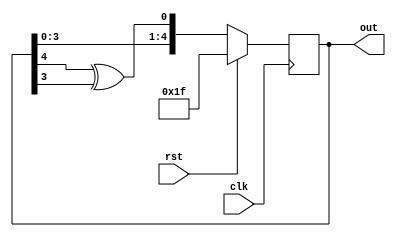
`timescale 1ns / 1ps
//////////////////////////////////////////////////////////////////////////////////
// Company: Self
// 
// Design Name: 
// Module Name: LFSR
// Project Name: 
// Target Devices: 
// Tool Versions: 
// Description: 
// 
// Dependencies: 
// 
// Revision:
// Revision 0.01 - File Created
// Additional Comments:
// 
//////////////////////////////////////////////////////////////////////////////////

module LFSR(clk,rst,out);
input clk, rst;
output reg [4:0] out;

always @(posedge clk)
begin
if(rst)
out <= 5'b11111;
else
out = {out[3:0],(out[4]^out[3])};
end

endmodule